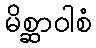
မိစ္ဆာဝါစံ